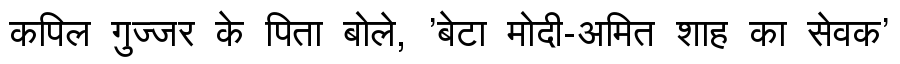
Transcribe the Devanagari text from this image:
कपिल गुज्जर के पिता बोले, 'बेटा मोदी-अमित शाह का सेवक'